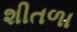
શીતળા